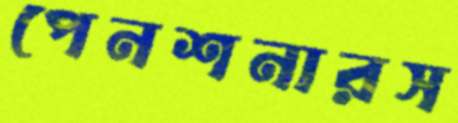
পেনশনারস